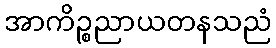
အာကိဉ္စညာယတနသညံ